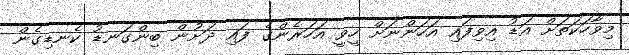
މިވާހަކަތަށް އަޑު އިވިފައި އަހަންނަށް ހީވީ އަހަރެންގެ ފައި ދަށުން ބިންގަނޑު ކެނޑިގެން